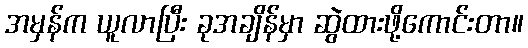
အမှန်က ယူလာပြီး ခုအချိန်မှာ ဆွဲထားဖို့ကောင်းတာ။